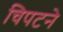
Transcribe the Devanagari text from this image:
चिपटने